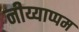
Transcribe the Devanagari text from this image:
नीय्याप्पम